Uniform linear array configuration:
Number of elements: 16
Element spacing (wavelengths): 0.75
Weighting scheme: exponential
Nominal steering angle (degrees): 0
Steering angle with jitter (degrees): -1.811
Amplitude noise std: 0.05
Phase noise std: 0.05

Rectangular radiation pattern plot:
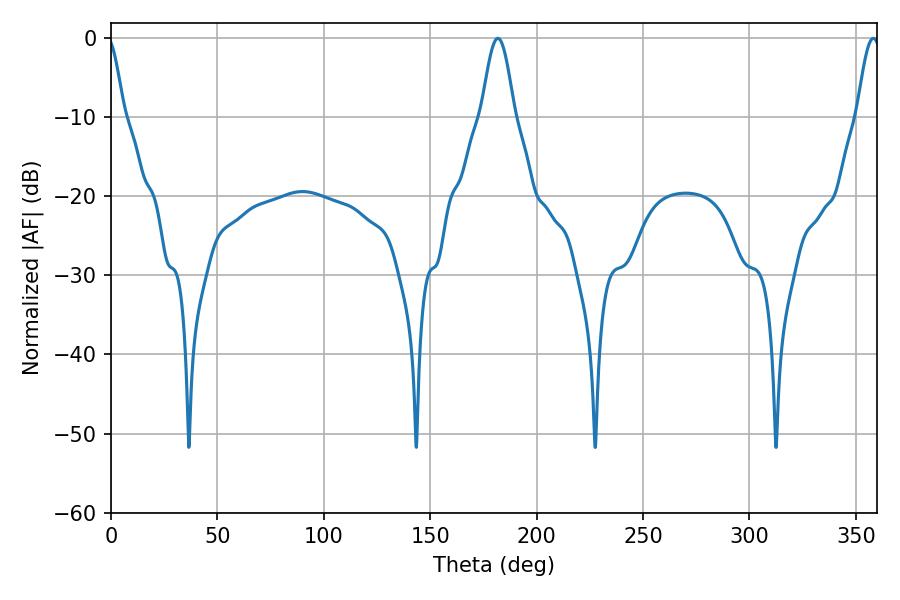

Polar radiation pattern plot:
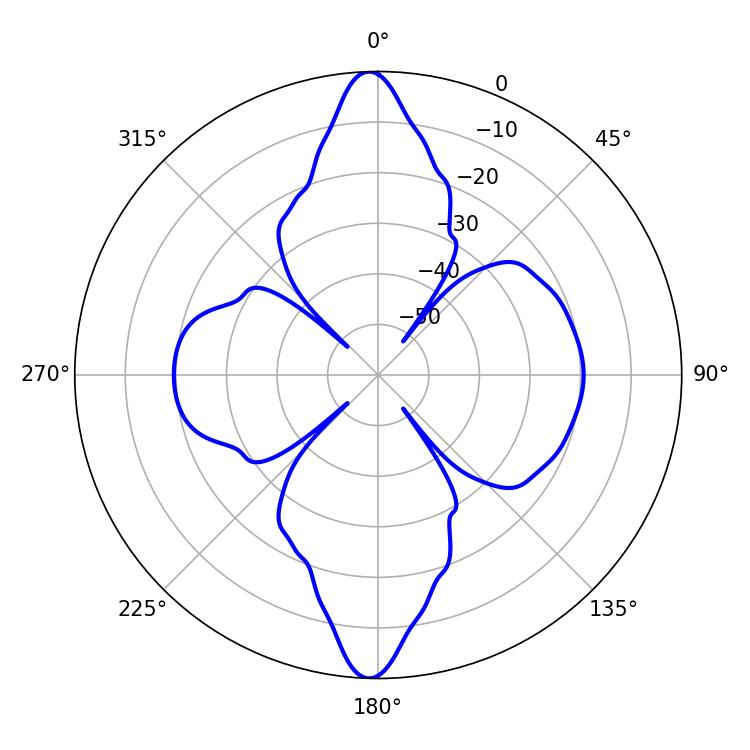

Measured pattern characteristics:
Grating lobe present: TRUE
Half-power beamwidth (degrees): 8.28
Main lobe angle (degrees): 181.8